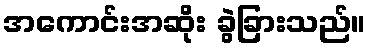
အကောင်းအဆိုး ခွဲခြားသည်။